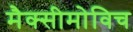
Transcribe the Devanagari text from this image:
मैक्सीमोविच